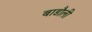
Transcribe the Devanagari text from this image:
बाडौली